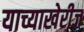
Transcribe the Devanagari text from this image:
याच्याखेरीज